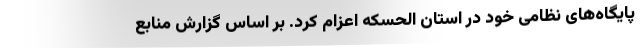
پایگاه‌های نظامی خود در استان الحسکه اعزام کرد. بر اساس گزارش منابع